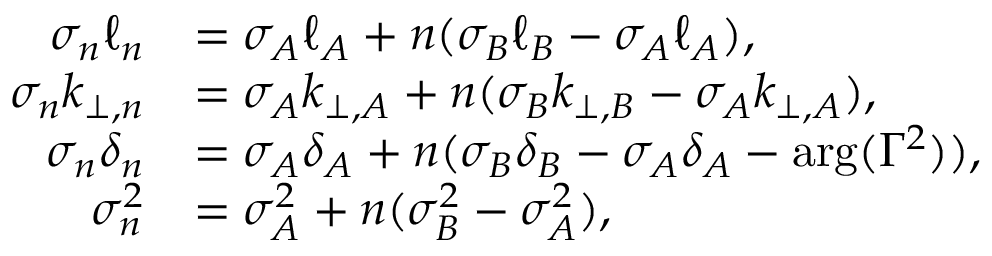
\begin{array} { r l } { \sigma _ { n } \ell _ { n } } & { = \sigma _ { A } \ell _ { A } + n ( \sigma _ { B } \ell _ { B } - \sigma _ { A } \ell _ { A } ) , } \\ { \sigma _ { n } k _ { \perp , n } } & { = \sigma _ { A } k _ { \perp , A } + n ( \sigma _ { B } k _ { \perp , B } - \sigma _ { A } k _ { \perp , A } ) , } \\ { \sigma _ { n } \delta _ { n } } & { = \sigma _ { A } \delta _ { A } + n ( \sigma _ { B } \delta _ { B } - \sigma _ { A } \delta _ { A } - \arg ( \Gamma ^ { 2 } ) ) , } \\ { \sigma _ { n } ^ { 2 } } & { = \sigma _ { A } ^ { 2 } + n ( \sigma _ { B } ^ { 2 } - \sigma _ { A } ^ { 2 } ) , } \end{array}